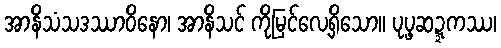
အာနိသံသဒဿာဝိနော၊ အာနိသင် ကိုမြင်လေ့ရှိသော။ ပုပ္ဖဆဍ္ဍကဿ၊